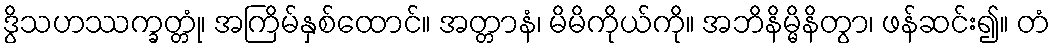
ဒွိသဟဿက္ခတ္တုံ၊ အကြိမ်နှစ်ထောင်။ အတ္တာနံ၊ မိမိကိုယ်ကို။ အဘိနိမ္မိနိတွာ၊ ဖန်ဆင်း၍။ တံ